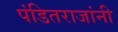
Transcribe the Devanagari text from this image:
पंडितराजांनी